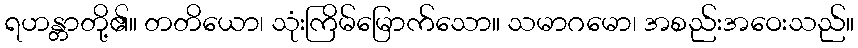
ရဟန္တာတို့၏။ တတိယော၊ သုံးကြိမ်မြောက်သော။ သမာဂမော၊ အစည်းအဝေးသည်။